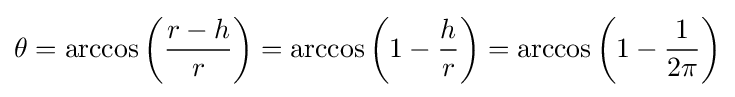
\theta =\arccos \left({\frac {r-h}{r}}\right)=\arccos \left(1-{\frac {h}{r}}\right)=\arccos \left(1-{\frac {1}{2\pi }}\right)